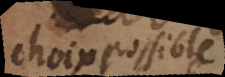
choix possible